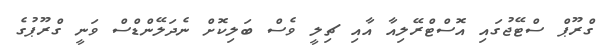
ގްރޫޕް ސްޓޭޖުގައި އޮސްޓްރޭލިއާ އާއި ޗިލީ ވެސް ބަލިކޮށް ނެދަލޭންޑްސް ވަނީ ގްރޫޕުގެ